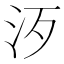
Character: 𣲠